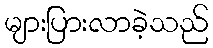
များပြားလာခဲ့သည်